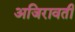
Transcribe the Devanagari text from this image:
अजिरावती